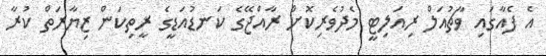
އެ ފެއާގައި ވާޗުއަލް ރިއަލިޓީ މެދުވެރިކޮށް ރާއްޖޭގެ ކަނޑުއަޑީގެ ރީތިކަން ޒިޔާރަތް ކުރާ